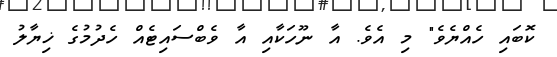
ކޮބައި ހެއްޔެވެ" މި އެވެ. އާ ނޫހަކާއި އާ ވެބްސައިޓެއް ހެދުމުގެ ޚިޔާލު